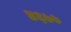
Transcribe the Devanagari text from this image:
४६७७